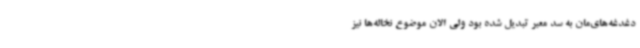
دغدغه‌های‌مان به سد معبر تبدیل شده بود ولی الان موضوع نخاله‌ها نیز